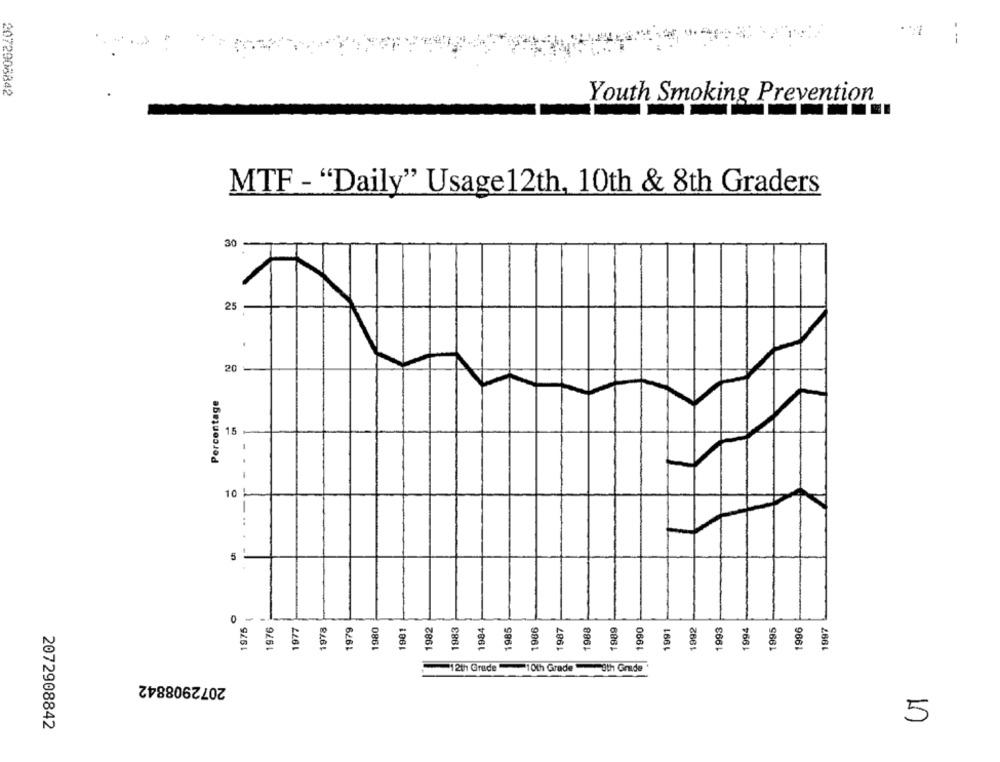
-- -
2072908842
Youth Smoking Prevention
MTF - "Daily" Usage 12th, 10th & 8th Graders
30
25
.
20
Percentage
15
1
10-
5
1975
1976
1977
1978
979
1980
1982
1983
1984
1985
1986
1987
1988
1989
1990
1991
1992
1993
1994
1995
1996
1997
8
12th Grade
10th Grade
8th Grade !
2072908842
5
2072908842